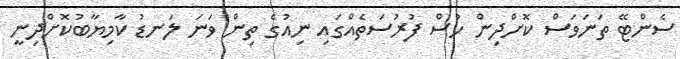
ސެންޓޭ ތަނަވަސް ކޮށްދިން ހުސް ފުރުސަތެއްގައި ނިއުގެ ތިން ވަނަ ލަނޑު ކާމިޔާބުކޮށްދިނީ